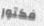
فكتور